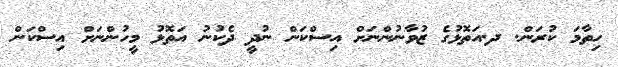
ހިތާމަ ކުރަން. ދ.އަތޮޅުގެ ޒުވާނުންނަށް އިސްކަން ނުދީ ދެކުނު އަތޮޅު މީހުންނަށް އިސްކަން